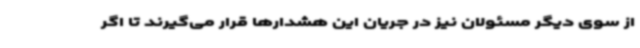
از سوی دیگر مسئولان نیز در جریان این هشدارها قرار می‌گیرند تا اگر